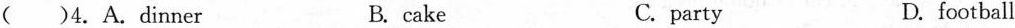
( )4.A.dinner B.cake C.party D.football